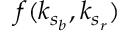
f ( k _ { s _ { b } } , k _ { s _ { r } } )